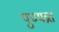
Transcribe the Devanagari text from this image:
पुण्यव्रत